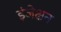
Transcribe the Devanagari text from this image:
इंजेक्षन